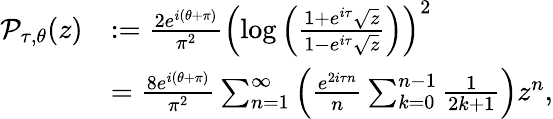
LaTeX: \begin{array}{rl}{{\mathcal{P}}_{\tau,\theta}(z)}&{:=\frac{2e^{i(\theta+\pi)}}{\pi^{2}}\left(\log\left(\frac{1+e^{i\tau}\sqrt{z}}{1-e^{i\tau}\sqrt{z}}\right)\right)^{2}}\\ &{=\frac{8e^{i(\theta+\pi)}}{\pi^{2}}\sum_{n=1}^{\infty}\left(\frac{e^{2i\tau n}}{n}\sum_{k=0}^{n-1}\frac{1}{2k+1}\right)z^{n},}\end{array}